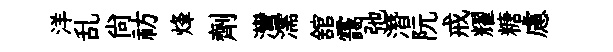
洋乱尙祊烽劑灣濡舘靄弛潛阮戒耀糖慮